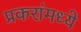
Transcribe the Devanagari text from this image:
प्रकरांमध्ये